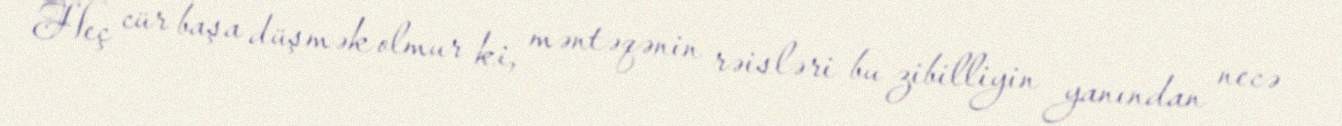
Heç cür başa düşmək olmur ki, məntəqənin rəisləri bu zibilliyin yanından necə